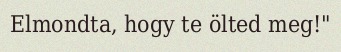
Elmondta, hogy te ölted meg!"